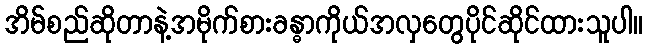
အိမ်စည်ဆိုတာနဲ့အမိုက်စားခန္ဓာကိုယ်အလှတွေပိုင်ဆိုင်ထားသူပါ။